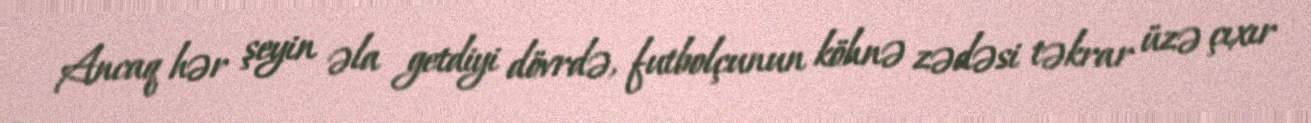
Ancaq hər şeyin əla getdiyi dövrdə, futbolçunun köhnə zədəsi təkrar üzə çıxır